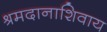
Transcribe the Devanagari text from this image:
श्रमदानाशिवाय